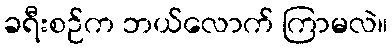
ခရီးစဉ်က ဘယ်လောက် ကြာမလဲ။